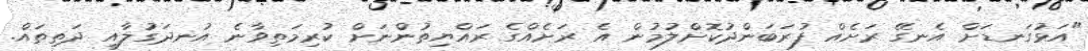
"އަޅުގަނޑަށް އެނގޭ ރަށެއް ފުރަބަންދުކޮށްލުމުން އެ ރަށެއްގެ ރައްޔިތުންނަށް ކުރިމަތިވާނެ އުނދަގުލާއި ދަތިތައް.